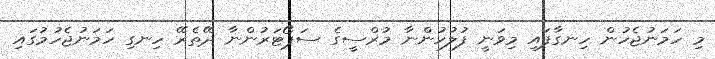
މި ހަމަނުޖެހުން ހިނގާފައި މިވަނީ ފުލުހުންނާ މުރްސީގެ ސަޕޯޓަރުންނާ ދޭތެރޭ ހިނގި ހަމަނުޖެހުމުގައި